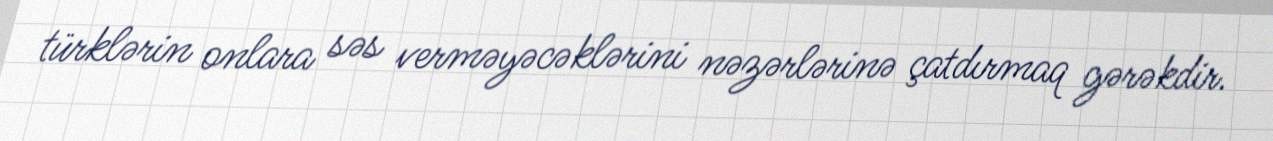
türklərin onlara səs verməyəcəklərini nəzərlərinə çatdırmaq gərəkdir.